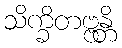
သိက္ခိတဗ္ဗန္တိ